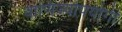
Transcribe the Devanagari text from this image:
वाणिज्योपयोगी